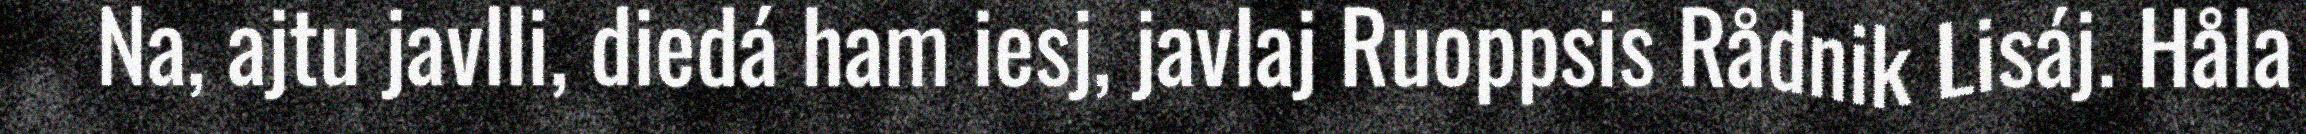
Na, ajtu javlli, diedá ham iesj, javlaj Ruoppsis Rådnik Lisáj. Håla